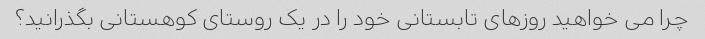
چرا می خواهید روزهای تابستانی خود را در یک روستای کوهستانی بگذرانید؟